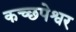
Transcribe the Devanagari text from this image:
कच्छपेश्वर